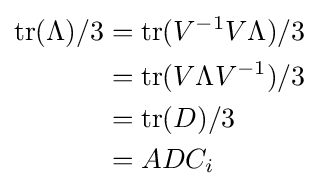
{\begin{aligned}\mathrm {tr} (\Lambda )/3&=\mathrm {tr} (V^{-1}V\Lambda )/3\\&=\mathrm {tr} (V\Lambda V^{-1})/3\\&=\mathrm {tr} (D)/3\\&=ADC_{i}\end{aligned}}